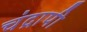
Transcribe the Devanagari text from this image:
चंद्रापी